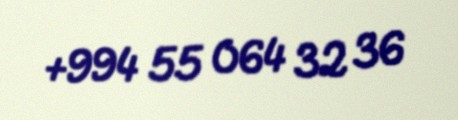
+994 55 064 32 36